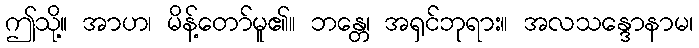
ဤသို့။ အာဟ၊ မိန့်တော်မူ၏။ ဘန္တေ၊ အရှင်ဘုရား။ အလသန္ဒောနာမ၊